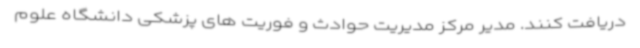
دریافت کنند. مدیر مرکز مدیریت حوادث و فوریت های پزشکی دانشگاه علوم